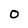
Character: 0